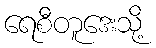
ရေစီတူဒေးသို့